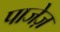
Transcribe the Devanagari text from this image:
पाजेज़